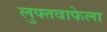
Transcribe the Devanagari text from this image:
लुफ्तवाफेला